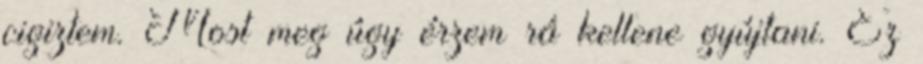
cigiztem. Most meg úgy érzem rá kellene gyújtani. Ez